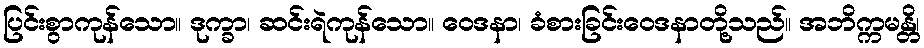
ပြင်းစွာကုန်သော။ ဒုက္ခာ၊ ဆင်းရဲကုန်သော။ ဝေဒနာ၊ ခံစားခြင်းဝေဒနာတို့သည်။ အဘိက္ကမန္တိ၊